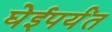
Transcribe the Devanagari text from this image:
घेईपर्यंत